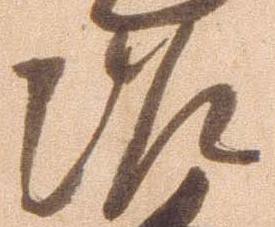
治